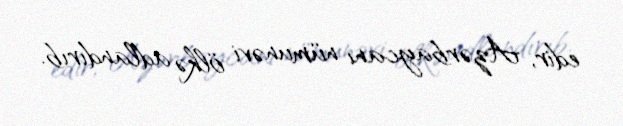
edir, Azərbaycanı nümunəvi ölkə adlandırıb.